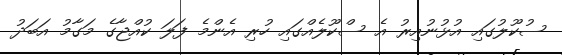
ސުކޫލުގައި އުޅުނުއިރު އެ ސްކޫލެއްގައި ހުރި އެންމެ ފަލަ ކުއްޖާގެ މަގާމު އަބަދު